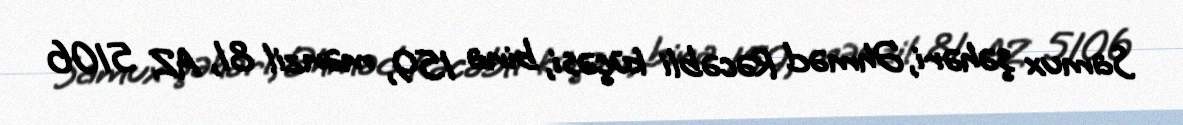
Samux şəhəri, Əhməd Rəcəbli küçəsi, bina 159, mənzil 81, AZ 5106